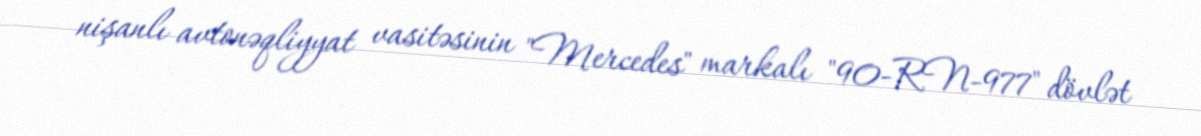
nişanlı avtonəqliyyat vasitəsinin "Mercedes" markalı "90-RN-977" dövlət